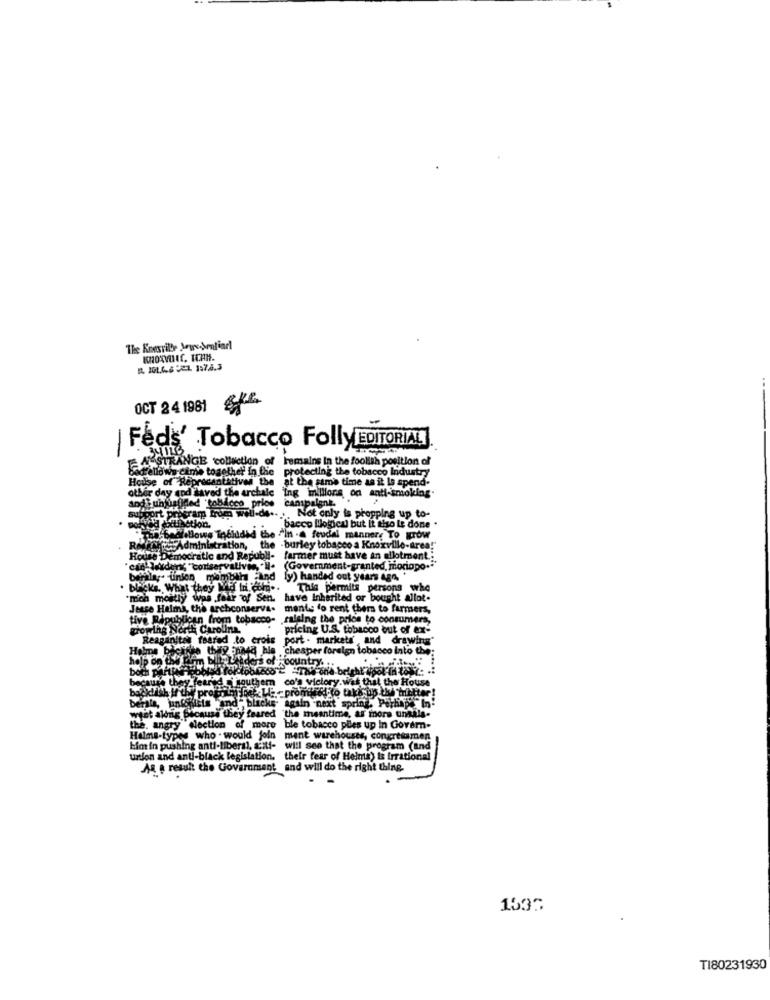
The Knesrille Jowe.sentiarl
KHORVIC, ICHH.
B. JOL.C.6 21 157.4.3
OCT 24 1981
| Feds' Tobacco FollyEDITORIAL
AMSTRANGE collection of remains in the foola position of
cime together in the protecting the tobacco Industry
of the
cantatives the at the same time as it Is spend-
odi unjustified "tobacco price campaignk.
ir day and loved the archale ing millions on anti-smoking.
eram Trom well-de .. .. Not only is propping up to-
ction.
bacco lilogical but it tiso Le done
-bellaBlows Todiidid the "In -A feudal mannere To KTÓW
the -burley tobacco a Knoxville-area!"
House Democratic and Republi- farmer must have an allotment .:
'and' Jekden, "conservatives, "-
(Government-granted, Fioriopo.""
fy) handed out years ago.'
. blacks. What they Me In. com.
This permits persons who
"moh mostly was fait of Sen.
moh mostly
have Inherited or bought allot-
Jesse Helms, the archconserva.
mente fo rent them to farmers,
tive Ripublican from tobacco-
.raising the price to consumers,
growing North Carolina.
pricing U.S. tobacco out of ex-
Reaganitas feared .to crois
port - markets ,and drawing'
Holms biciinte they need hle cheaper foreign tobacco Into the
help on the
myCes of -country. .
because they feared oi southern co's victory.wat that the House
ty progrim ibat Lle -promised to taki up the mitter!
d'" blacke- again next spring, Perhaps In-
the meantime, as more unaals-
west along because they feared "the meantime, as' more unaals-
the. angry election of more ble tobacco ples up In Govern-
Halms-types who . would join
ment warehouses, congressmen
him in pushing anti-liberal, anti-
will see that the program (and
Union and anti-black legislation.
their fear of Helms) Is irrational
As a result the Government and will do the right thing.
1533
TI80231930